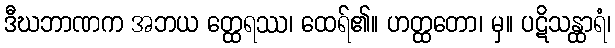
ဒီဃဘာဏက အဘယ တ္ထေရဿ၊ ထေရ်၏။ ဟတ္ထတော၊ မှ။ ပဋိသန္ထာရံ၊